画像に写った文字を読んでください
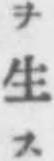
「ヲ生ス」と書いてあります